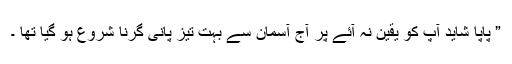
” پاپا شاید آپ کو یقین نہ آئے پر آج آسمان سے بہت تیز پانی گرنا شروع ہو گیا تھا ۔